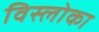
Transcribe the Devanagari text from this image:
विस्लोका